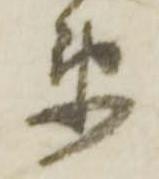
衛